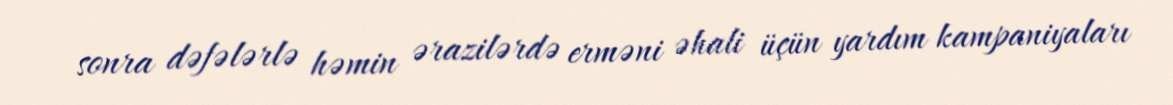
sonra dəfələrlə həmin ərazilərdə erməni əhali üçün yardım kampaniyaları